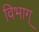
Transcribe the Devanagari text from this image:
विभाग्